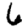
Digit: 6